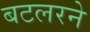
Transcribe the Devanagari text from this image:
बटलरने